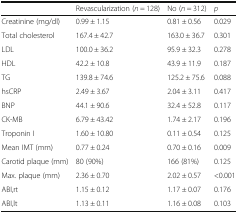
<table><thead><tr><td></td><td><b>Revascularization (<i>n</i> = 128)</b></td><td><b>No (<i>n</i> = 312)</b></td><td><b><i>p</i></b></td></tr></thead><tbody><tr><td>Creatinine (mg/dl)</td><td>0.99 ± 1.15</td><td>0.81 ± 0.56</td><td>0.029</td></tr><tr><td>Total cholesterol</td><td>167.4 ± 42.7</td><td>163.0 ± 36.7</td><td>0.301</td></tr><tr><td>LDL</td><td>100.0 ± 36.2</td><td>95.9 ± 32.3</td><td>0.278</td></tr><tr><td>HDL</td><td>42.2 ± 10.8</td><td>43.9 ± 11.9</td><td>0.187</td></tr><tr><td>TG</td><td>139.8 ± 74.6</td><td>125.2 ± 75.6</td><td>0.088</td></tr><tr><td>hsCRP</td><td>2.49 ± 3.67</td><td>2.04 ± 3.11</td><td>0.417</td></tr><tr><td>BNP</td><td>44.1 ± 90.6</td><td>32.4 ± 52.8</td><td>0.117</td></tr><tr><td>CK-MB</td><td>6.79 ± 43.42</td><td>1.74 ± 2.17</td><td>0.196</td></tr><tr><td>Troponin I</td><td>1.60 ± 10.80</td><td>0.11 ± 0.54</td><td>0.125</td></tr><tr><td>Mean IMT (mm)</td><td>0.77 ± 0.24</td><td>0.70 ± 0.16</td><td>0.009</td></tr><tr><td>Carotid plaque (mm)</td><td>80 (90%)</td><td>166 (81%)</td><td>0.125</td></tr><tr><td>Max. plaque (mm)</td><td>2.36 ± 0.70</td><td>2.02 ± 0.57</td><td>&lt;0.001</td></tr><tr><td>ABI,rt</td><td>1.15 ± 0.12</td><td>1.17 ± 0.07</td><td>0.176</td></tr><tr><td>ABI,lt</td><td>1.13 ± 0.11</td><td>1.16 ± 0.08</td><td>0.103</td></tr></tbody></table>